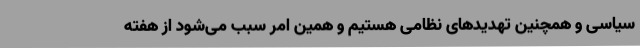
سیاسی و همچنین تهدیدهای نظامی هستیم و همین امر سبب می‌شود از هفته